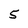
Character: 5